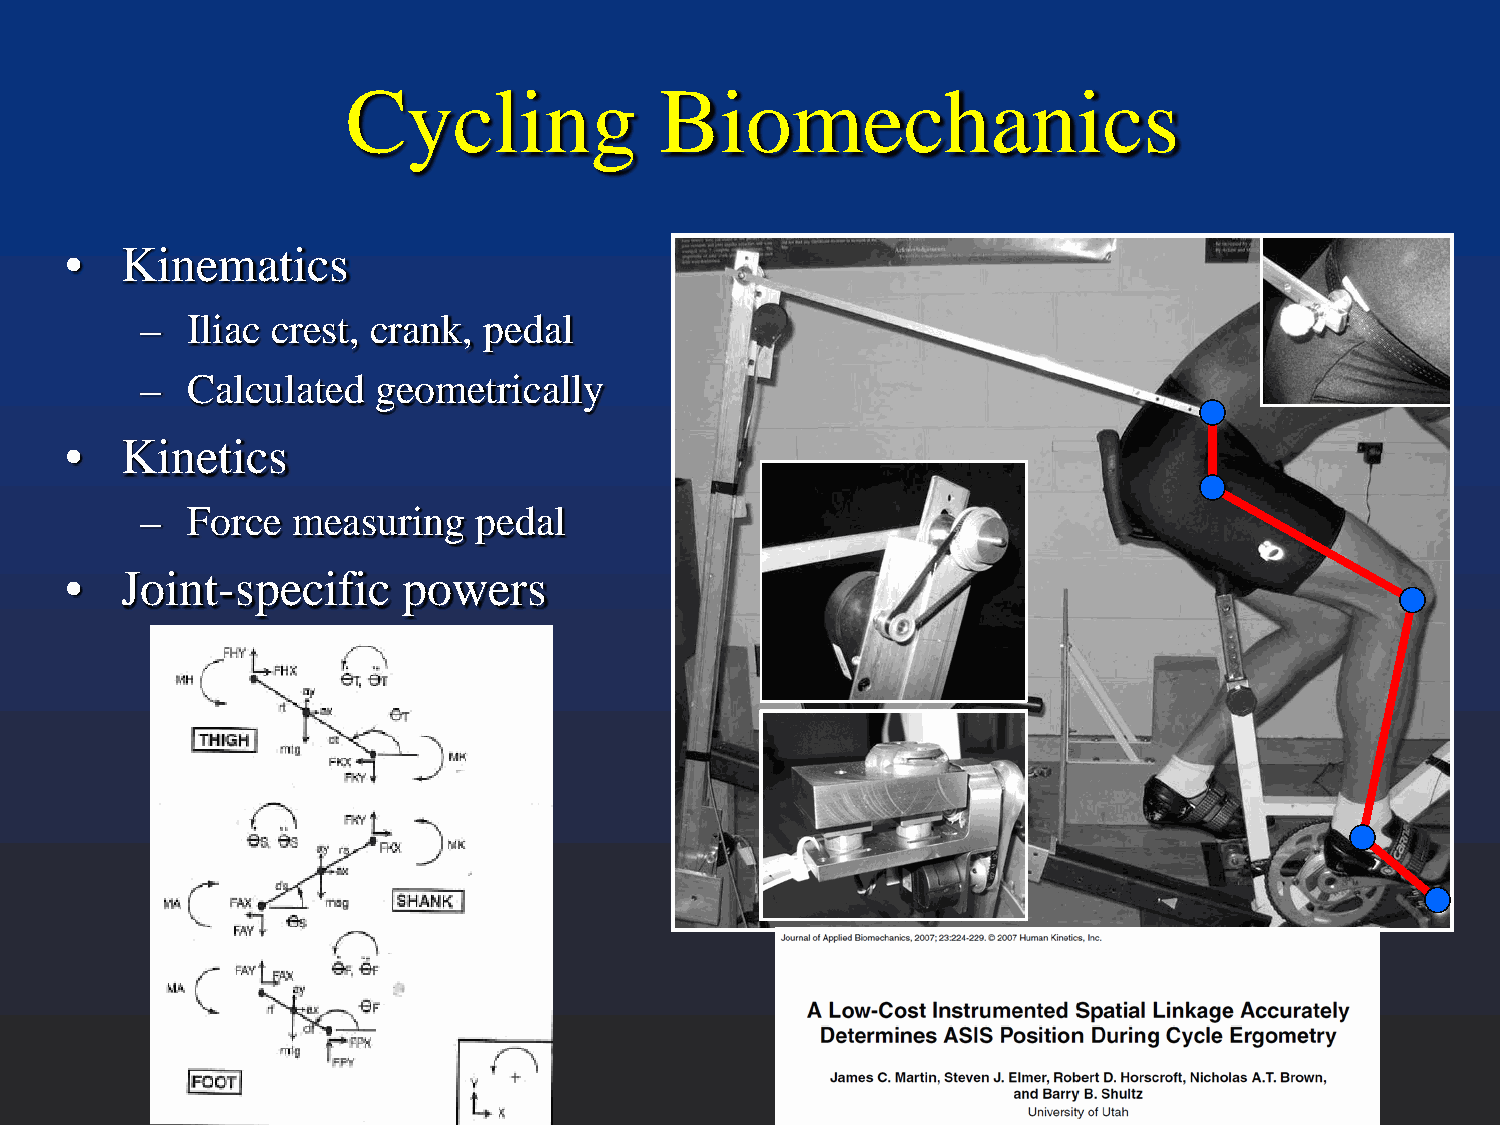
Cycling              Biomechanics
 •   Kinematics
 –  Iliac crest, crank, pedal
 –  Calculated   geometrically
 •   Kinetics
 –  Force  measuring   pedal
 •   Joint-specific     powers